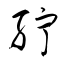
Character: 紵